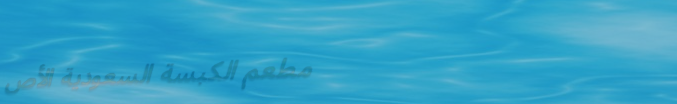
مطعم الكبسة السعودية الأص